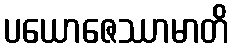
ပယောဇေဿာမာတိ